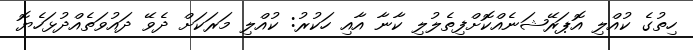
ހިތުުގެ ކުއްލި އޮޕަރޭޝަނެއްކޮށްފިތެލުލި ކާނާ އާއި ހަކުރު: ކުއްލި މަރަކަށް ދެވޭ ދައުވަތެއްދުޅަހެޔޮ